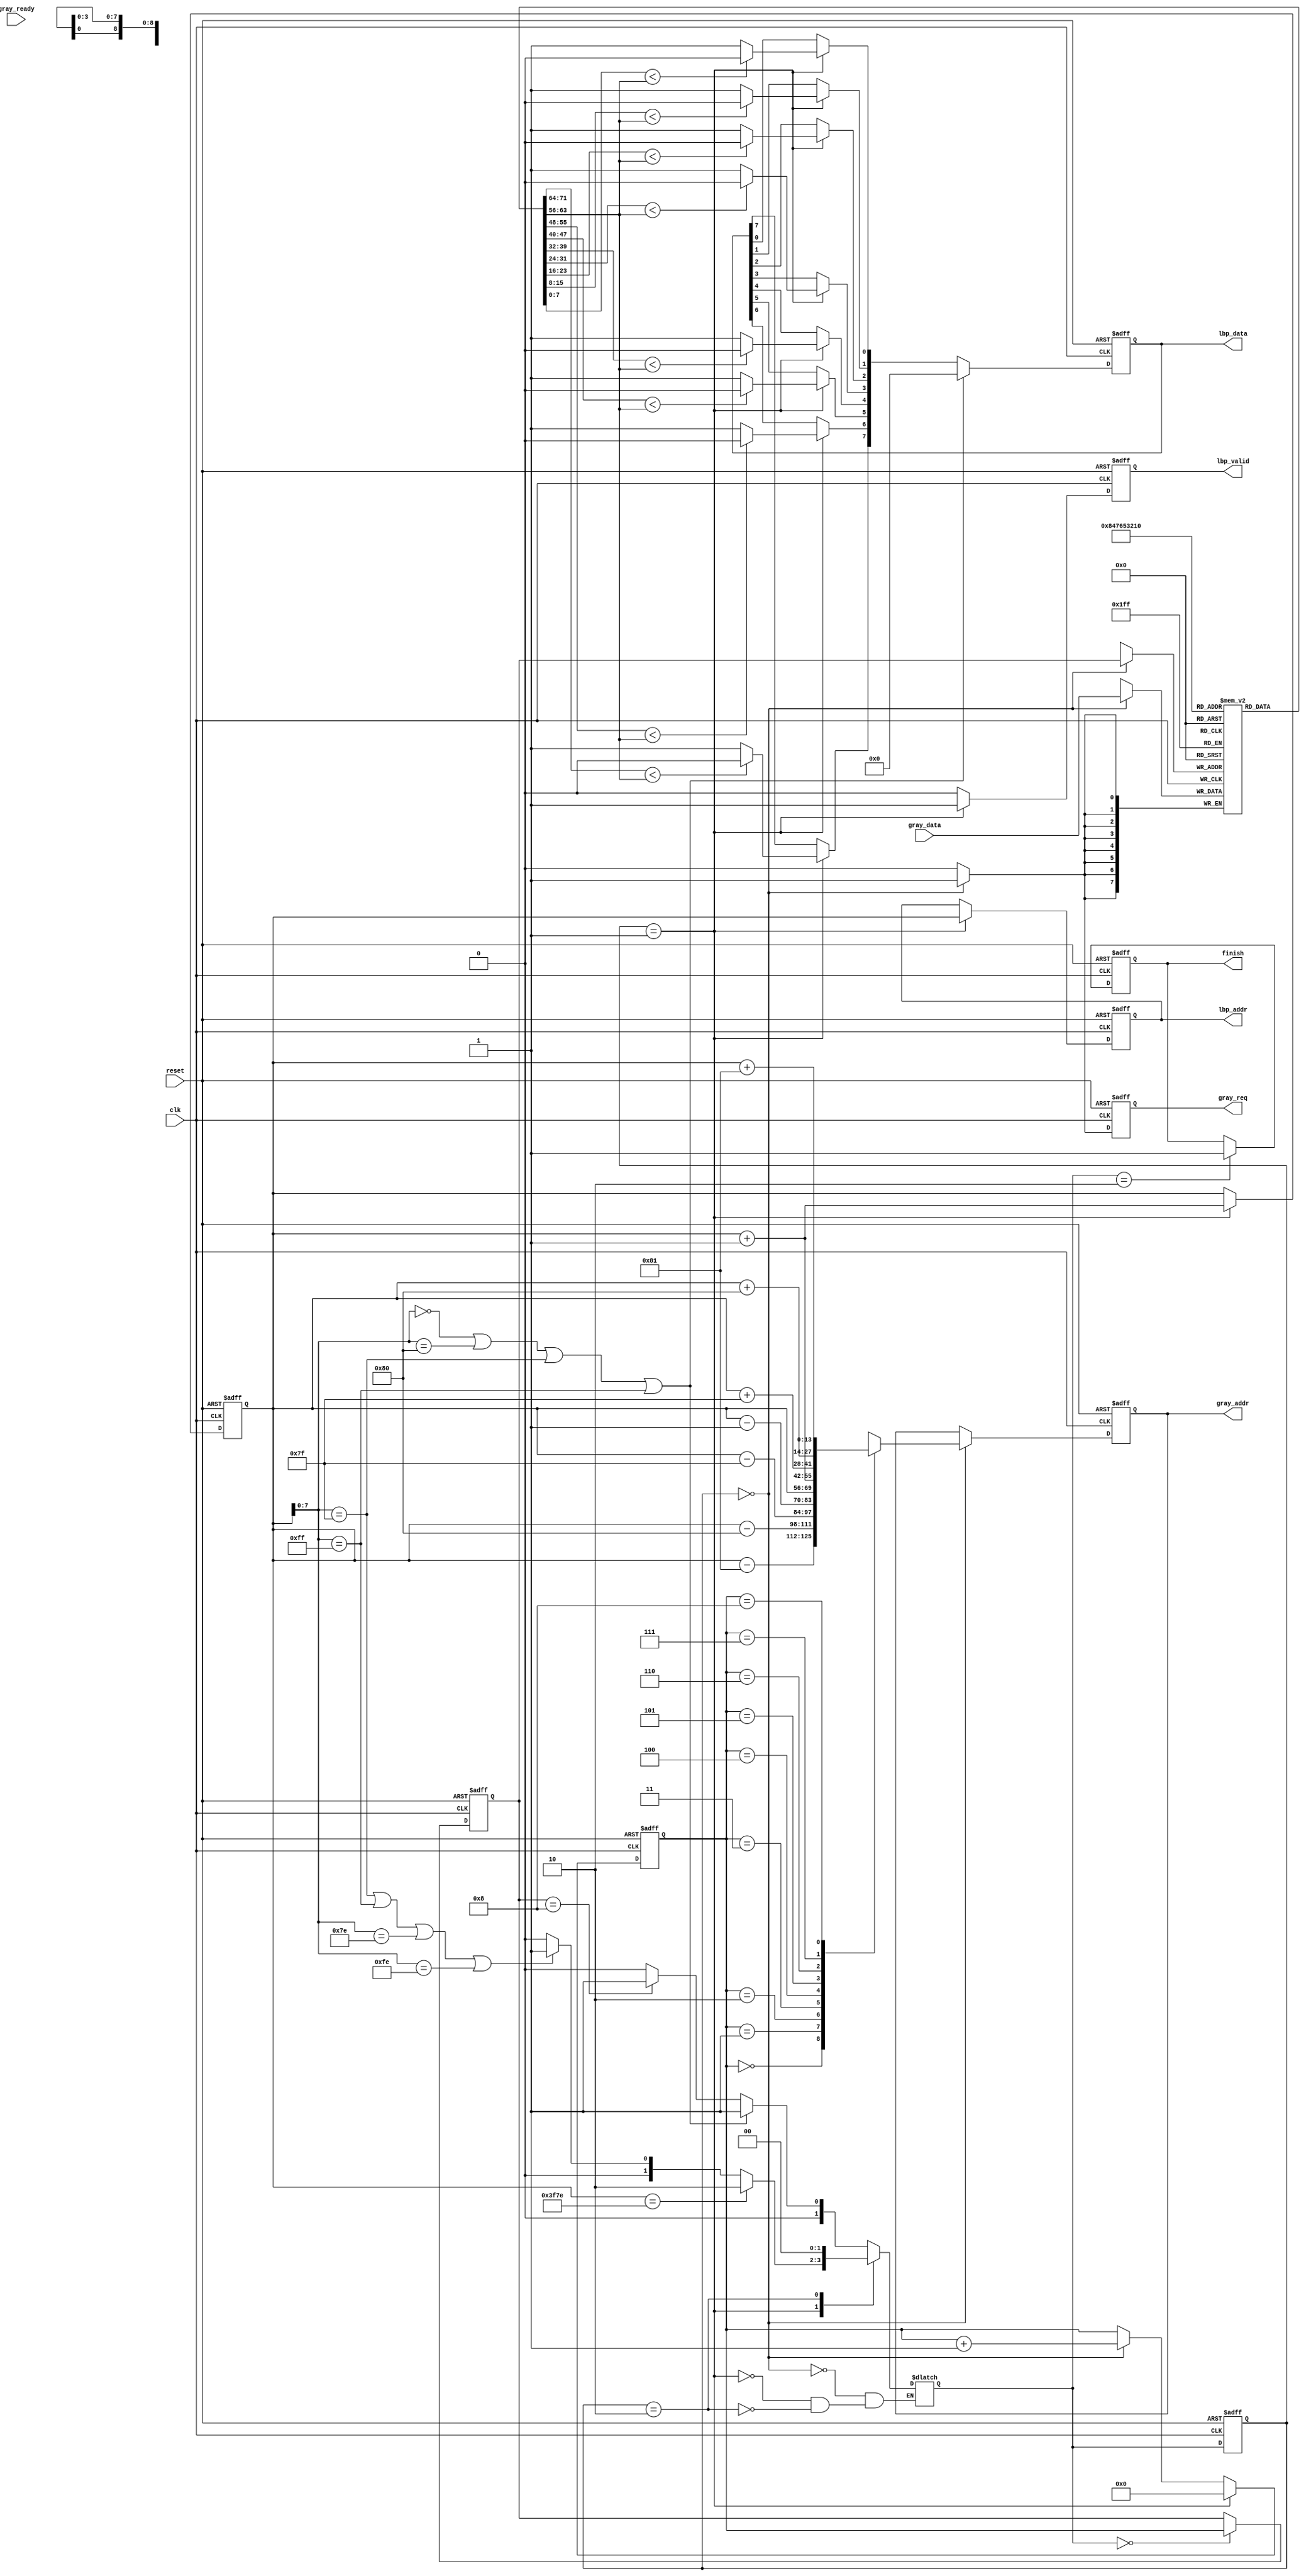
`timescale 1ns/10ps
module LBP ( clk, reset, gray_addr, gray_req, gray_ready, gray_data, lbp_addr, lbp_valid, lbp_data, finish);
input clk;
input reset;
output reg [13:0] 	gray_addr;
output reg gray_req;
input gray_ready;
input [7:0] gray_data;
output reg[13:0] lbp_addr;
output reg lbp_valid;
output reg [7:0] lbp_data;
output reg finish;

reg [3:0]addr_counter;
reg [3:0]buffer_counter;
wire[13:0]load_addr [8:0];
reg[13:0] middle;
reg[7:0]buffer [8:0];

parameter load=2'b00,
          write=2'b01,
          over=2'b10;
reg[1:0] cur_st, nxt_st;  

//====================================================================
always@(posedge clk or posedge reset)
  if(reset)
    cur_st<=load;
  else
    cur_st<=nxt_st;

always@(*)
  case(cur_st)
    load:if((middle[7:0]==8'h00)||(middle[7:0]==8'h80)||(middle[7:0]==8'h7f)||(middle[7:0]==8'hff))
            nxt_st=write;
         else if(buffer_counter==4'd8)
            nxt_st=write;
         else 
            nxt_st=load;        
   
    write:
		 if(middle==14'h3f7e)
            nxt_st=over;
		 else if((middle[7:0]==8'h7f)||(middle[7:0]==8'hff)||(middle[7:0]==8'h7e)||(middle[7:0]==8'hfe))
            nxt_st=write;	
		 else 
		 nxt_st=load;
    over:nxt_st=load;
  endcase
  

always@(posedge clk or posedge reset)
  if(reset)
    gray_req<=0; 
  else if(cur_st==load)
    gray_req<=1;
  else
    gray_req<=0;
	
always@(posedge clk or posedge reset)
  if(reset)
    gray_addr<=14'd0;
  else if(cur_st==load)
    gray_addr<=load_addr[addr_counter];
    


always@(posedge clk or posedge reset)
  if(reset)
    buffer_counter<=0;
  else if (nxt_st==load)
    buffer_counter<=addr_counter;
  
always@(posedge clk or posedge reset)
  if(reset)
    addr_counter<=0;
  else if (cur_st==write)
    addr_counter<=0;
  else if(cur_st==load)
    addr_counter<=addr_counter+1;

assign load_addr[8]=middle+129;
assign load_addr[7]=middle+128;
assign load_addr[6]=middle+127;
assign load_addr[5]=middle+1;
assign load_addr[4]=middle;
assign load_addr[3]=middle-1;
assign load_addr[2]=middle-127;
assign load_addr[1]=middle-128;
assign load_addr[0]=middle-129;



always@(posedge clk or posedge reset)
  if(reset)
    middle<=14'd129;
  else if(cur_st==write)
    middle<=middle+1;
    
///////////////////////////
always@(posedge clk or posedge reset)
  if(reset)
	lbp_valid<=0;
  else if(cur_st==write)
    lbp_valid<=1;
  else 
    lbp_valid<=0;
	
always@(posedge clk)
  if(cur_st==load)
    buffer[buffer_counter]<=gray_data;
	

	
always@(posedge clk or posedge reset)
  if(reset)
    lbp_data=0;
  else if((middle[7:0]==8'h00)||(middle[7:0]==8'h80)||(middle[7:0]==8'h7f)||(middle[7:0]==8'hff))
     lbp_data=0;
  else if(cur_st==write)
    begin
     lbp_data[7]=(buffer[8]<buffer[4])?0:1;
     lbp_data[6]=(buffer[7]<buffer[4])?0:1;
     lbp_data[5]=(buffer[6]<buffer[4])?0:1;
     lbp_data[4]=(buffer[5]<buffer[4])?0:1;
     lbp_data[3]=(buffer[3]<buffer[4])?0:1;
     lbp_data[2]=(buffer[2]<buffer[4])?0:1;
     lbp_data[1]=(buffer[1]<buffer[4])?0:1;
     lbp_data[0]=(buffer[0]<buffer[4])?0:1;
    end

 always@(posedge clk or posedge reset)
  if(reset)
    lbp_addr<=14'd0;
  else if(cur_st==write)
    lbp_addr<=middle;   
always@(posedge clk or posedge reset)
  if(reset)
    finish=0;
  else if(nxt_st==over)
    finish=1;
//====================================================================
endmodule